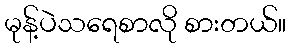
မုန့်ပဲသရေစာလို စားတယ်။